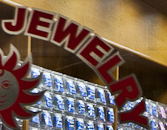
JEWELRY